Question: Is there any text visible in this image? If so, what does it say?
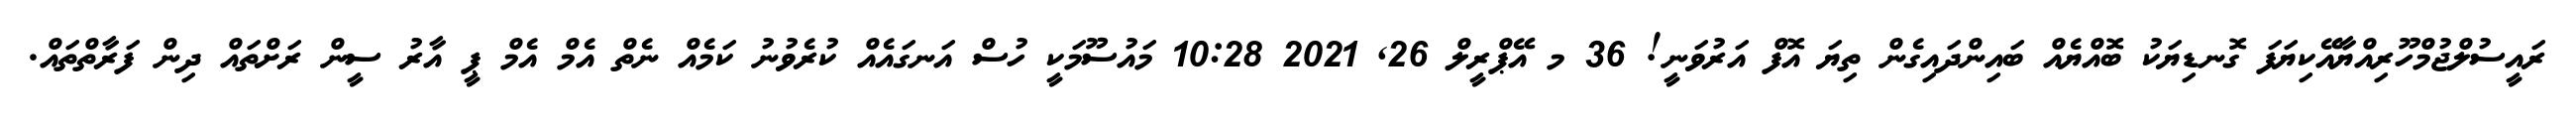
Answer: ރައީސުލްޖުމްހޫރިއްޔާއޭކިޔަފަ ގޮނޑިޔަކު ބޮއްޔެއް ބައިންދައިގެން ތިޔަ އޮފް އަރުވަނީ! 36 މ އޭޕްރީލް 26, 2021 10:28 މައުސޫމަކީ ހުސް އަނގައެއް ކުރެވުނު ކަމެއް ނެތް އެމް އެމް ޕީ އާރު ސީން ރަށްތައް ދިން ފަރާތްތައް.